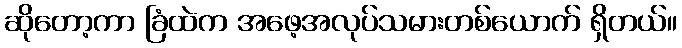
ဆိုတော့ကာ ခြံထဲက အဖေ့အလုပ်သမားတစ်ယောက် ရှိတယ်။